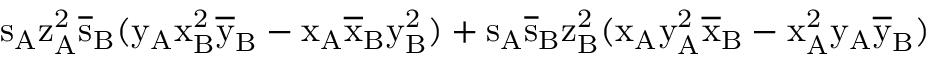
\mathrm { s _ { A } \mathrm { z _ { A } ^ { 2 } \mathrm { \overline { { s } } _ { B } ( \mathrm { y _ { A } \mathrm { x _ { B } ^ { 2 } \mathrm { \overline { { y } } _ { B } - \mathrm { x _ { A } \mathrm { \overline { { x } } _ { B } \mathrm { y _ { B } ^ { 2 } ) + \mathrm { s _ { A } \mathrm { \overline { { s } } _ { B } \mathrm { z _ { B } ^ { 2 } ( \mathrm { x _ { A } \mathrm { y _ { A } ^ { 2 } \mathrm { \overline { { x } } _ { B } - \mathrm { x _ { A } ^ { 2 } \mathrm { y _ { A } \mathrm { \overline { { y } } _ { B } ) } } } } } } } } } } } } } } } } } }